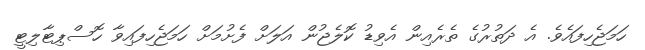
ހަމަޖެހިފައެވެ. އެ ދަތުރުގެ ތެރެއިން އެވިޑު ކޮލެޖުން އަލަށް ފެށުމަށް ހަމަޖެހިފައިވާ ހޮސްޕިޓާލިޓީ